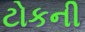
ટોકની